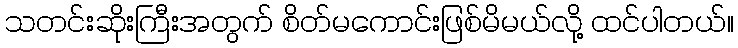
သတင်းဆိုးကြီးအတွက် စိတ်မကောင်းဖြစ်မိမယ်လို့ ထင်ပါတယ်။